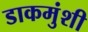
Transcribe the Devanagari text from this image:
डाकमुंशी